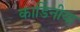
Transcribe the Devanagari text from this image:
कार्डिनीया